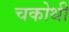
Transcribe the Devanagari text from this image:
चकोथी